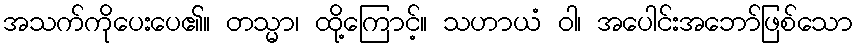
အသက်ကိုပေးပေ၏။ တသ္မာ၊ ထို့ကြောင့်။ သဟာယံ ဝါ၊ အပေါင်းအဘော်ဖြစ်သော